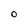
Character: O